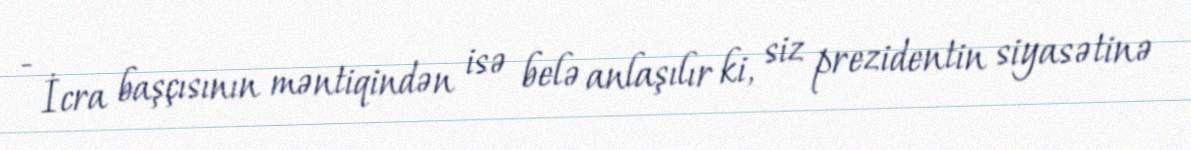
- İcra başçısının məntiqindən isə belə anlaşılır ki, siz prezidentin siyasətinə